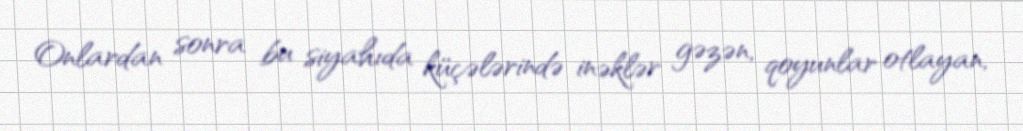
Onlardan sonra bu siyahıda küçələrində inəklər gəzən, qoyunlar otlayan,